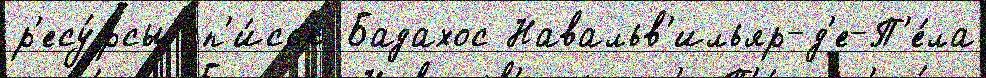
р'есу́рсы сп'и́сок Бадахос Навальв'ильяр-д'е-П'е́ла